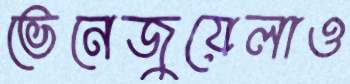
ভেনেজুয়েলাও